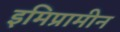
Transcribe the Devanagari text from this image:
इमिप्रामीन